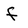
Character: f